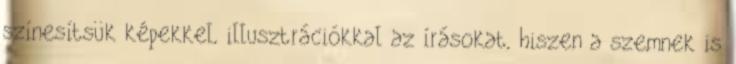
színesítsük képekkel, illusztrációkkal az írásokat, hiszen a szemnek is